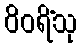
ဝိဝရိံသု